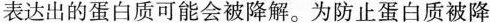
表达出的蛋白质可能会被降解。为防止蛋白质被降